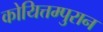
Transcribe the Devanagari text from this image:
कोयित्तम्पुरान